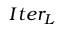
I t e r _ { L }